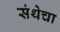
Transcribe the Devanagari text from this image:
संथेचा